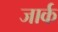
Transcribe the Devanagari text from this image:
जार्क